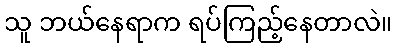
သူ ဘယ်နေရာက ရပ်ကြည့်နေတာလဲ။